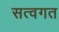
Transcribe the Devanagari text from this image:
सत्वगत